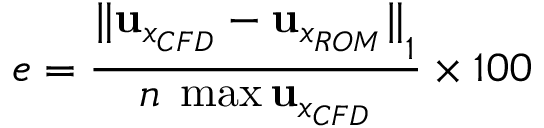
e = \frac { { \| { \mathbf { u } _ { { x } _ { C F D } } - \mathbf { u } _ { x _ { R O M } } } \| } _ { 1 } } { n \; \operatorname* { m a x } { \mathbf { u } _ { { x } _ { C F D } } } } \times 1 0 0 \